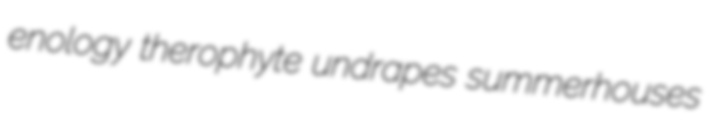
enology therophyte undrapes summerhouses